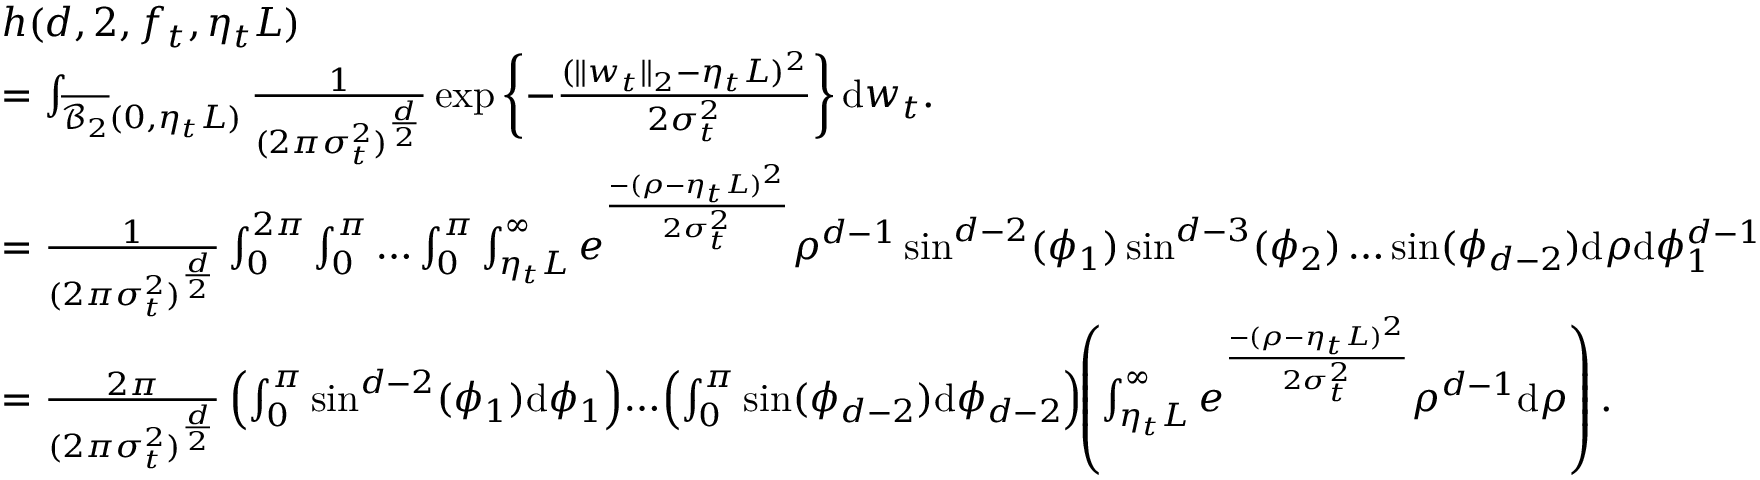
\begin{array} { r l } & { h ( d , 2 , f _ { t } , \eta _ { t } L ) } \\ & { = \int _ { \overline { { \mathcal { B } _ { 2 } } } ( 0 , \eta _ { t } L ) } \frac { 1 } { ( 2 \pi \sigma _ { t } ^ { 2 } ) ^ { \frac { d } { 2 } } } \exp \left\lbrace - \frac { ( \| w _ { t } \| _ { 2 } - \eta _ { t } L ) ^ { 2 } } { 2 \sigma _ { t } ^ { 2 } } \right\rbrace \mathrm { d } w _ { t } . } \\ & { = \frac { 1 } { ( 2 \pi \sigma _ { t } ^ { 2 } ) ^ { \frac { d } { 2 } } } \int _ { 0 } ^ { 2 \pi } \int _ { 0 } ^ { \pi } \ldots \int _ { 0 } ^ { \pi } \int _ { \eta _ { t } L } ^ { \infty } e ^ { \frac { - ( \rho - \eta _ { t } L ) ^ { 2 } } { 2 \sigma _ { t } ^ { 2 } } } \rho ^ { d - 1 } \sin ^ { d - 2 } ( \phi _ { 1 } ) \sin ^ { d - 3 } ( \phi _ { 2 } ) \ldots \sin ( \phi _ { d - 2 } ) \mathrm { d } \rho \mathrm { d } \phi _ { 1 } ^ { d - 1 } } \\ & { = \frac { 2 \pi } { ( 2 \pi \sigma _ { t } ^ { 2 } ) ^ { \frac { d } { 2 } } } \left( \int _ { 0 } ^ { \pi } \sin ^ { d - 2 } ( \phi _ { 1 } ) \mathrm { d } \phi _ { 1 } \right) \! \ldots \! \left( \int _ { 0 } ^ { \pi } \sin ( \phi _ { d - 2 } ) \mathrm { d } \phi _ { d - 2 } \right) \! \! \left( \int _ { \eta _ { t } L } ^ { \infty } e ^ { \frac { - ( \rho - \eta _ { t } L ) ^ { 2 } } { 2 \sigma _ { t } ^ { 2 } } } \rho ^ { d - 1 } \mathrm { d } \rho \right) . } \end{array}